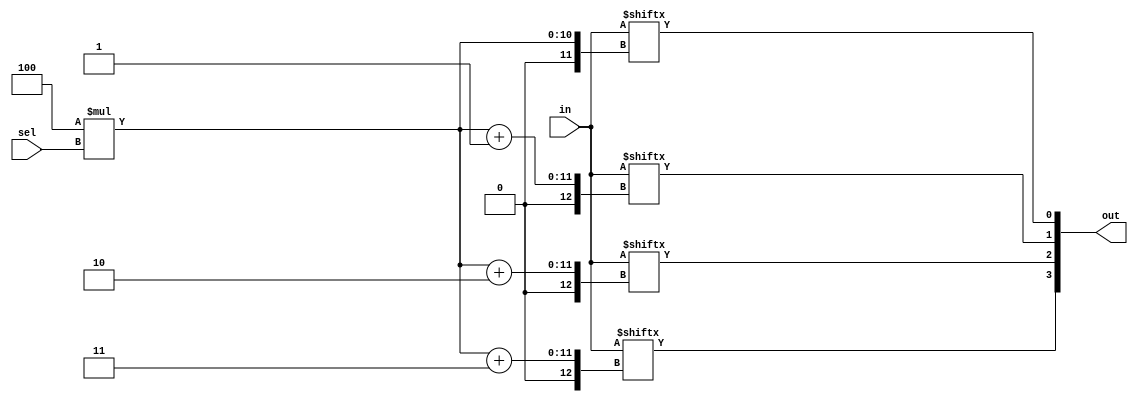
module top_module( 
    input [1023:0] in,
    input [7:0] sel,
    output [3:0] out );
assign out = {in[4*sel+3],in[4*sel+2],in[4*sel+1],in[4*sel]};
endmodule